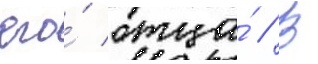
его́ отца́ // В